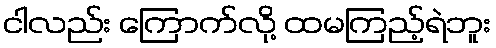
ငါလည်း ကြောက်လို့ ထမကြည့်ရဲဘူး